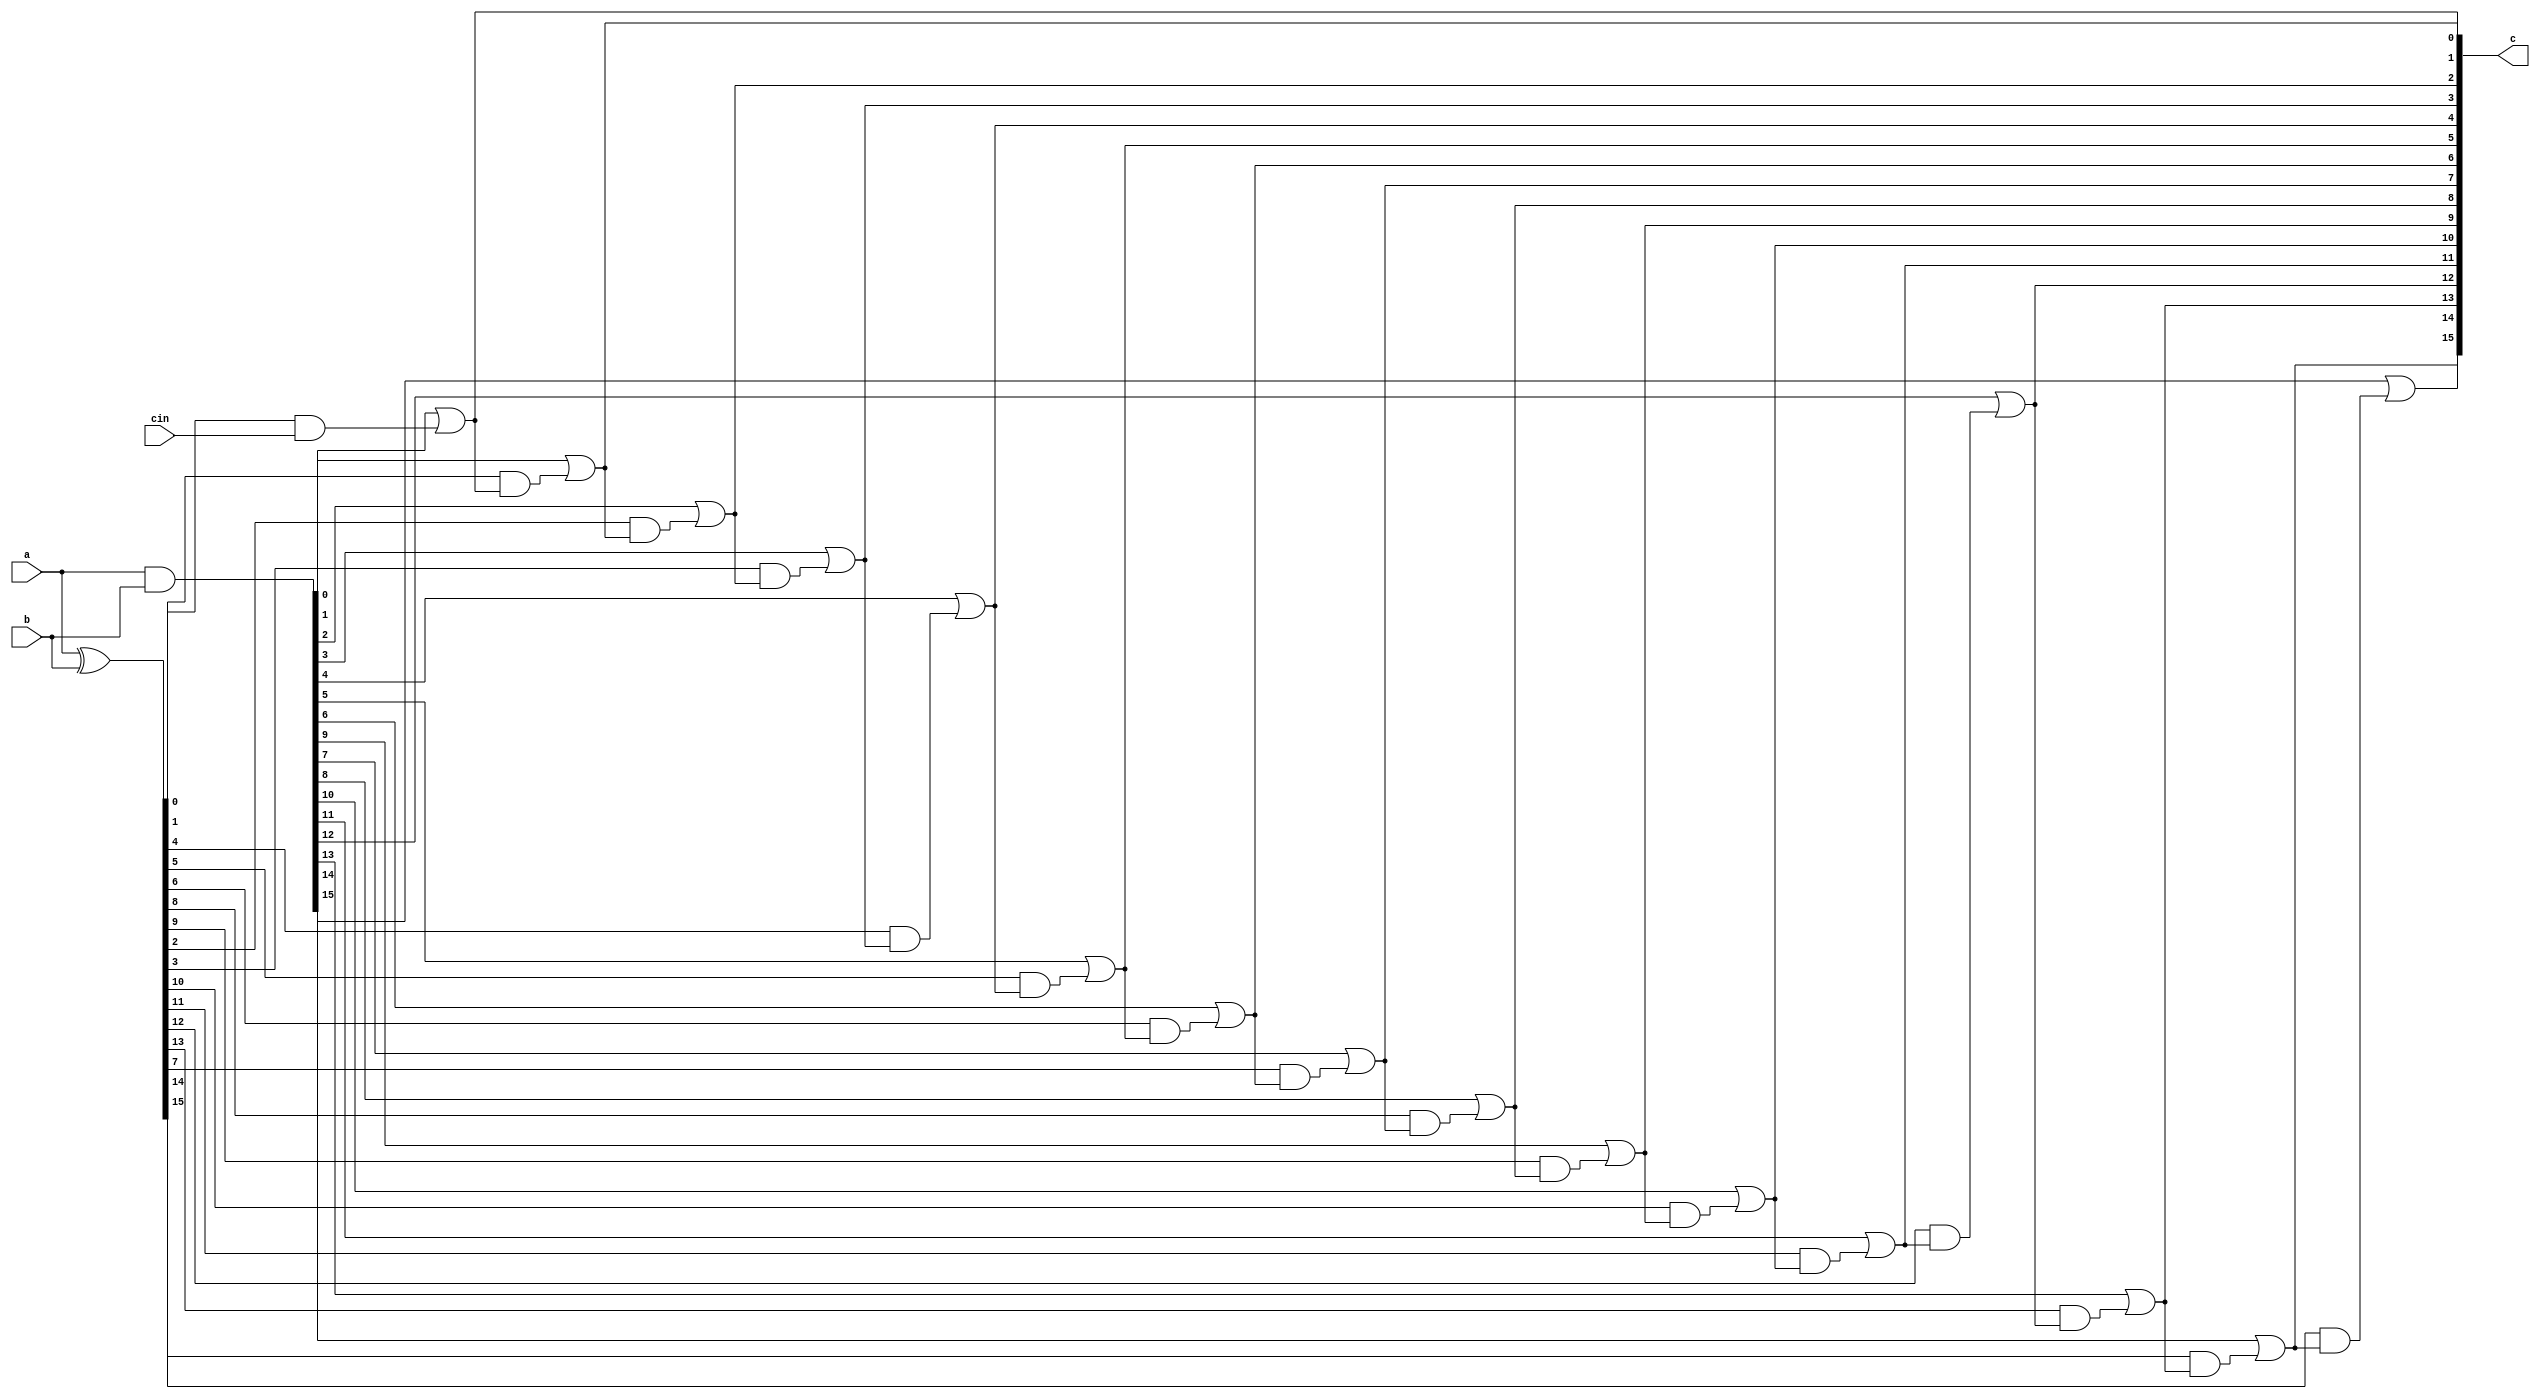
module carry_cla(c,a,b,cin);
//output [15:0]s;
//output cout;
output [15:0]c;
input [15:0]a,b;
input cin;
wire [15:0]g,p;
assign g=a&b;
assign p=a^b;
assign c[0]=g[0]|(p[0]&cin);
assign c[1]=g[1]|(p[1]&(g[0]|(p[0]&cin)));
assign c[2]=g[2]|(p[2]&(g[1]|(p[1]&(g[0]|(p[0]&cin)))));
assign c[3]=g[3]|(p[3]&(g[2]|(p[2]&(g[1]|(p[1]&(g[0]|(p[0]&cin)))))));
assign c[4]=g[4]|(p[4]&(g[3]|(p[3]&(g[2]|(p[2]&(g[1]|(p[1]&(g[0]|(p[0]&cin)))))))));

assign c[5]=g[5]|(p[5]&(g[4]|(p[4]&(g[3]|(p[3]&(g[2]|(p[2]&(g[1]|(p[1]&(g[0]|(p[0]&cin)))))))))));

assign c[6]=g[6]|(p[6]&(g[5]|(p[5]&(g[4]|(p[4]&(g[3]|(p[3]&(g[2]|(p[2]&(g[1]|(p[1]&(g[0]|(p[0]&cin)))))))))))));

assign c[7]=g[7]|(p[7]&(g[6]|(p[6]&(g[5]|(p[5]&(g[4]|(p[4]&(g[3]|(p[3]&(g[2]|(p[2]&(g[1]|(p[1]&(g[0]|(p[0]&cin)))))))))))))));

assign c[8]=g[8]|(p[8]&(g[7]|(p[7]&(g[6]|(p[6]&(g[5]|(p[5]&(g[4]|(p[4]&(g[3]|(p[3]&(g[2]|(p[2]&(g[1]|(p[1]&(g[0]|(p[0]&cin)))))))))))))))));

assign c[9]=g[9]|(p[9]&(g[8]|(p[8]&(g[7]|(p[7]&(g[6]|(p[6]&(g[5]|(p[5]&(g[4]|(p[4]&(g[3]|(p[3]&(g[2]|(p[2]&(g[1]|(p[1]&(g[0]|(p[0]&cin)))))))))))))))))));

assign c[10]=g[10]|(p[10]&(g[9]|(p[9]&(g[8]|(p[8]&(g[7]|(p[7]&(g[6]|(p[6]&(g[5]|(p[5]&(g[4]|(p[4]&(g[3]|(p[3]&(g[2]|(p[2]&(g[1]|(p[1]&(g[0]|(p[0]&cin)))))))))))))))))))));

assign c[11]=g[11]|(p[11]&(g[10]|(p[10]&(g[9]|(p[9]&(g[8]|(p[8]&(g[7]|(p[7]&(g[6]|(p[6]&(g[5]|(p[5]&(g[4]|(p[4]&(g[3]|(p[3]&(g[2]|(p[2]&(g[1]|(p[1]&(g[0]|(p[0]&cin)))))))))))))))))))))));

assign c[12]=g[12]|(p[12]&(g[11]|(p[11]&(g[10]|(p[10]&(g[9]|(p[9]&(g[8]|(p[8]&(g[7]|(p[7]&(g[6]|(p[6]&(g[5]|(p[5]&(g[4]|(p[4]&(g[3]|(p[3]&(g[2]|(p[2]&(g[1]|(p[1]&(g[0]|(p[0]&cin)))))))))))))))))))))))));

assign c[13]=g[13]|(p[13]&(g[12]|(p[12]&(g[11]|(p[11]&(g[10]|(p[10]&(g[9]|(p[9]&(g[8]|(p[8]&(g[7]|(p[7]&(g[6]|(p[6]&(g[5]|(p[5]&(g[4]|(p[4]&(g[3]|(p[3]&(g[2]|(p[2]&(g[1]|(p[1]&(g[0]|(p[0]&cin)))))))))))))))))))))))))));

assign c[14]=g[14]|(p[14]&(g[13]|(p[13]&(g[12]|(p[12]&(g[11]|(p[11]&(g[10]|(p[10]&(g[9]|(p[9]&(g[8]|(p[8]&(g[7]|(p[7]&(g[6]|(p[6]&(g[5]|(p[5]&(g[4]|(p[4]&(g[3]|(p[3]&(g[2]|(p[2]&(g[1]|(p[1]&(g[0]|(p[0]&cin)))))))))))))))))))))))))))));

assign c[15]=g[15]|(p[15]&(g[14]|(p[14]&(g[13]|(p[13]&(g[12]|(p[12]&(g[11]|(p[11]&(g[10]|(p[10]&(g[9]|(p[9]&(g[8]|(p[8]&(g[7]|(p[7]&(g[6]|(p[6]&(g[5]|(p[5]&(g[4]|(p[4]&(g[3]|(p[3]&(g[2]|(p[2]&(g[1]|(p[1]&(g[0]|(p[0]&cin)))))))))))))))))))))))))))))));



/*assign cout=c[15];
assign s[0]=p[0]^cin;
assign s[1]=p[1]^c[0];
assign s[2]=p[2]^c[1];
assign s[3]=p[3]^c[2];
assign s[4]=p[4]^c[3];
assign s[5]=p[5]^c[4];
assign s[6]=p[6]^c[5];
assign s[7]=p[7]^c[6];
assign s[8]=p[8]^c[7];
assign s[9]=p[9]^c[8];
assign s[10]=p[10]^c[9];
assign s[11]=p[11]^c[10]; 
assign s[12]=p[12]^c[11];
assign s[13]=p[13]^c[12];
assign s[14]=p[14]^c[13];
assign s[15]=p[15]^c[14];*/

endmodule